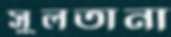
সুলতানা